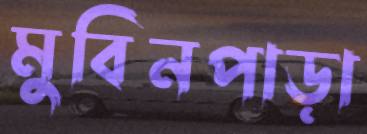
মুবিনপাড়া